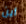
أين